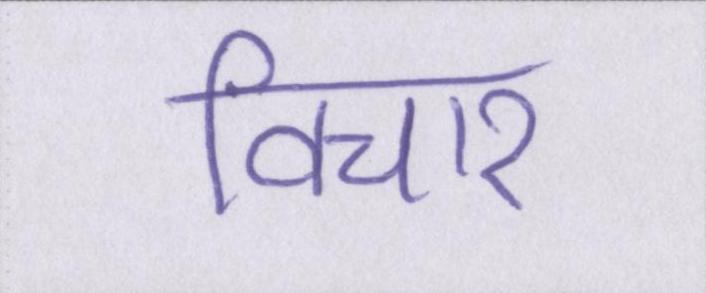
विचार